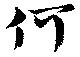
何